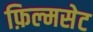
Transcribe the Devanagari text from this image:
फ़िल्मसेट